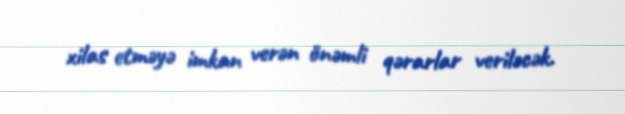
xilas etməyə imkan verən önəmli qərarlar veriləcək.